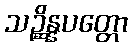
သဉ္ဆိန္နပတ္တော